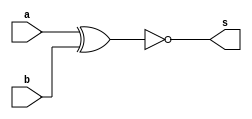
// --Nome: Camila Guedes Silveira
// --Matrcula: 427393
// --

module xnorgate(output s, input a, input b);
	assign s = (~(a^b));
endmodule // xnorgate

module testxnorgate;
// -- dados
	reg a, b;
	wire s;
	
// -- instancia
	xnorgate XNOR1(s, a, b);
	
// -- preparaao
	initial begin: start
		a=0; b=0;
	end
	
// -- principal
	initial begin
		$display("XNOR");
		$display("a b   s");
		#1 $display("%b %b = %b", a, b, s);
			a=1; b=0;
		#1 $display("%b %b = %b", a, b, s);
			a=0; b=1;
		#1 $display("%b %b = %b", a, b, s);
			a=1; b=1;
		#1 $display("%b %b = %b", a, b, s);
	end

endmodule // testxnorgate